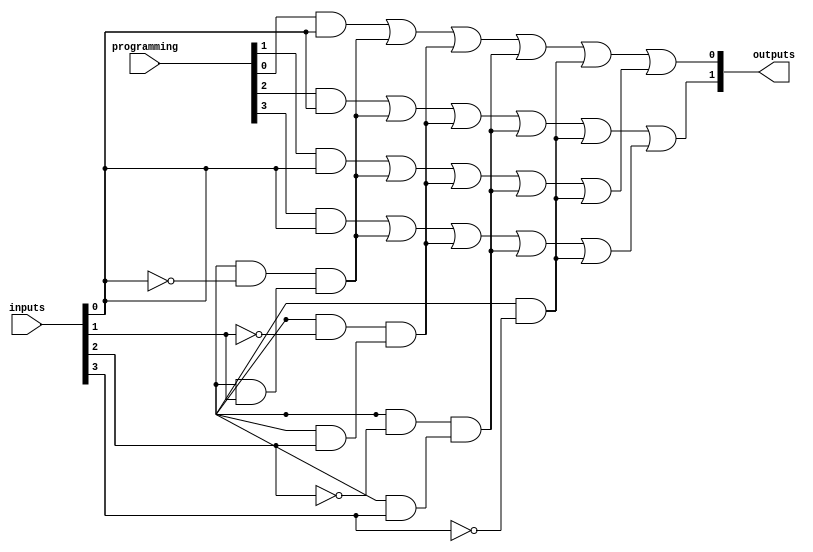
module PLA (
    input  wire [n-1:0] inputs,        // Primary inputs
    input  wire [m-1:0] programming,    // Programming signals (for AND gates)
    output wire [p-1:0] outputs         // Final outputs
);
    parameter n = 4; // Number of inputs
    parameter m = 4; // Number of AND gates
    parameter p = 2; // Number of OR gates

    // AND Gate Outputs (Product Terms)
    wire [m-1:0] and_out;

    // AND Array
    genvar i;
    generate
        for (i = 0; i < m; i = i + 1) begin : and_array
            assign and_out[i] = (programming[i] & inputs[0]) | 
                                (programming[i + m] & ~inputs[0]) &
                                (programming[i + 2*m] & inputs[1]) |
                                (programming[i + 3*m] & ~inputs[1]) &
                                (programming[i + 4*m] & inputs[2]) |
                                (programming[i + 5*m] & ~inputs[2]) &
                                (programming[i + 6*m] & inputs[3]) |
                                (programming[i + 7*m] & ~inputs[3]);
        end
    endgenerate

    // OR Gate Outputs
    wire [p-1:0] or_out;

    // OR Array
    assign or_out[0] = and_out[0] | and_out[1]; // Example for first OR gate
    assign or_out[1] = and_out[2] | and_out[3]; // Example for second OR gate

    // Final Outputs
    assign outputs = or_out;

endmodule